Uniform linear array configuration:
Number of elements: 16
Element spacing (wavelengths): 1
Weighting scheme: blackman
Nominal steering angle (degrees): -15
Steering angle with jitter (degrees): -16.714
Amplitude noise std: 0.05
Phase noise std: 0.05

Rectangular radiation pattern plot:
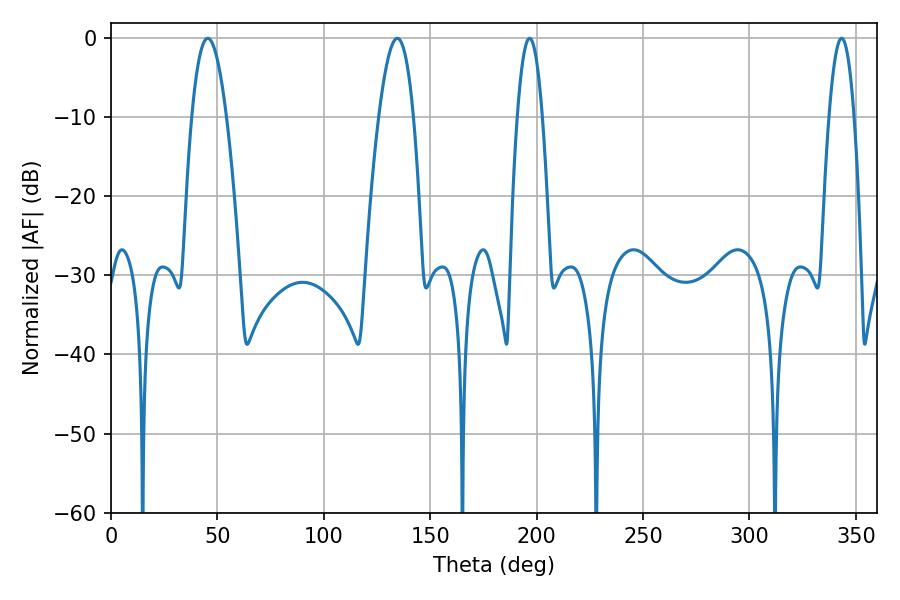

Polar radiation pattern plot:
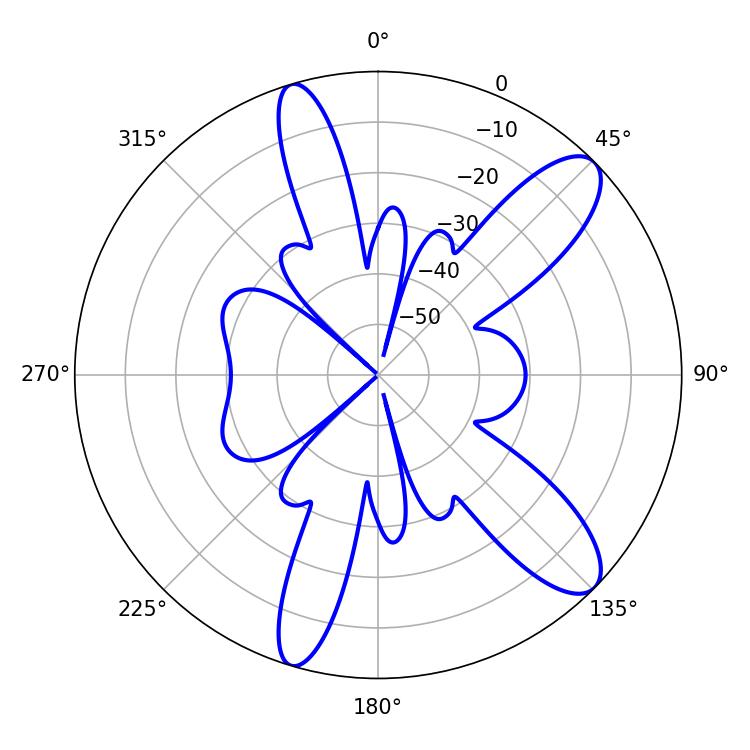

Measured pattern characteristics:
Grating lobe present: TRUE
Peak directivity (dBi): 10.727
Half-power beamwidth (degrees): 6.48
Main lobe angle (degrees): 196.74